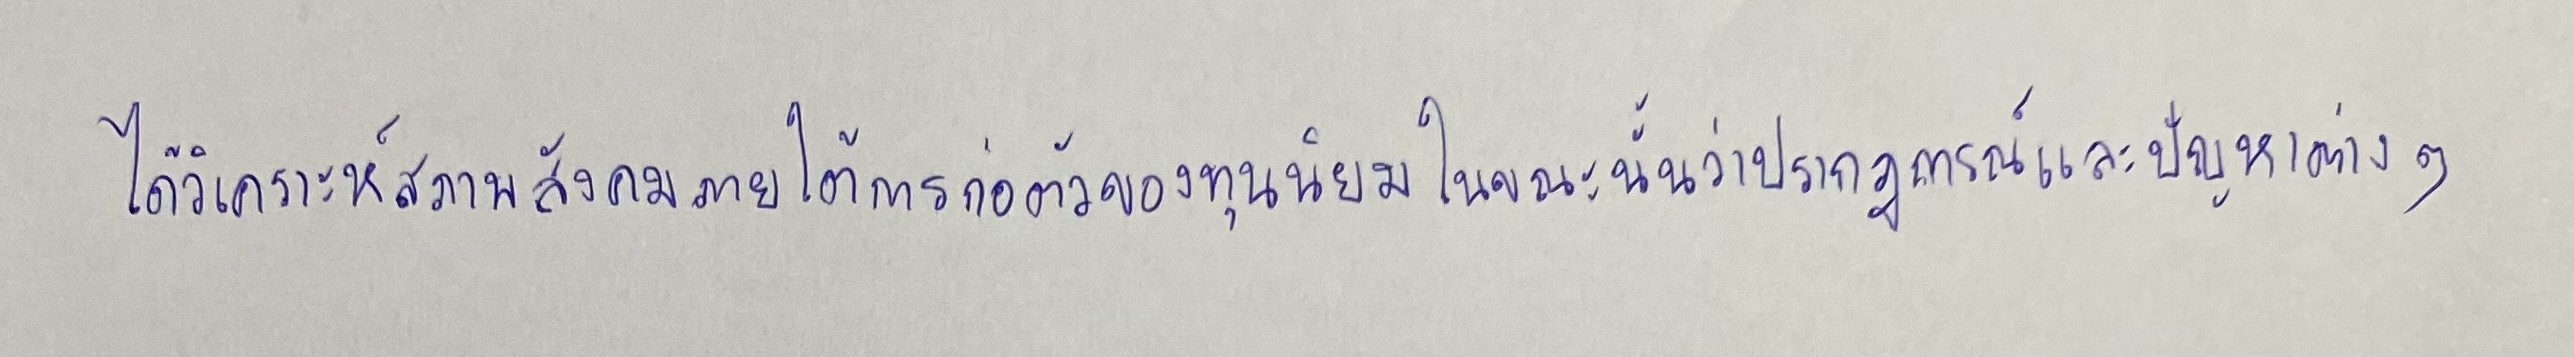
ได้วิเคราะห์สภาพสังคมภายใต้การก่อตัวของทุนนิยมในขณะนั้นว่าปรากฏการณ์และปัญหาต่างๆ